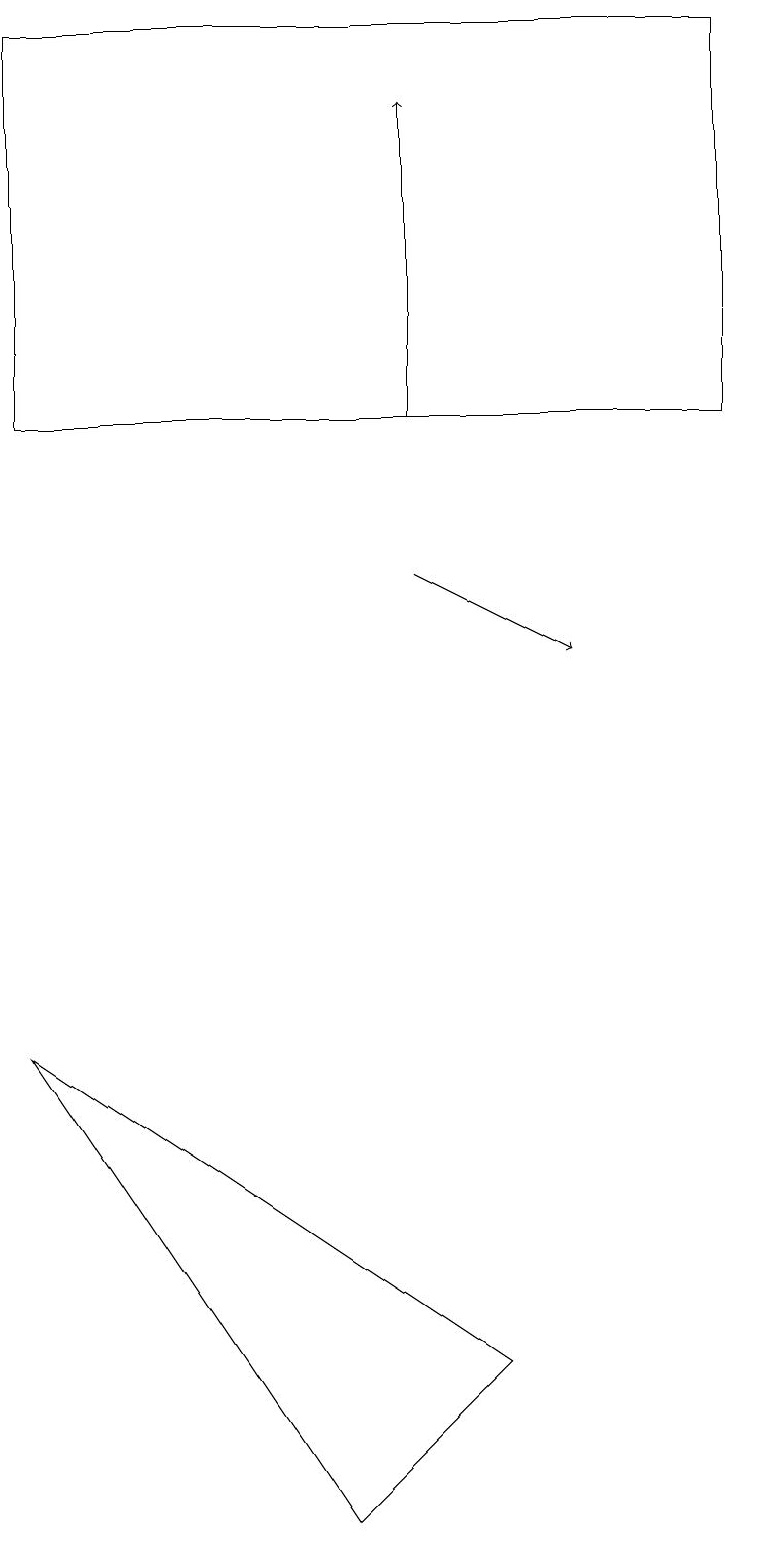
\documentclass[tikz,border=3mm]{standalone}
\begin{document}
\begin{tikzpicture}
\draw[->] (5,14) -- (5,18);
\draw (6,2) -- (4,0) -- (0,6) -- cycle;
\draw[->] (5,12) -- (7,11);
\draw (9,19) rectangle (0,14);
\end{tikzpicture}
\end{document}